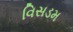
વિસડમ